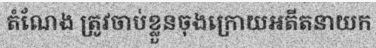
តំណែង ត្រូវចាប់ខ្លួនចុងក្រោយអតីតនាយក